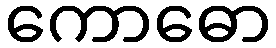
ကောဓော